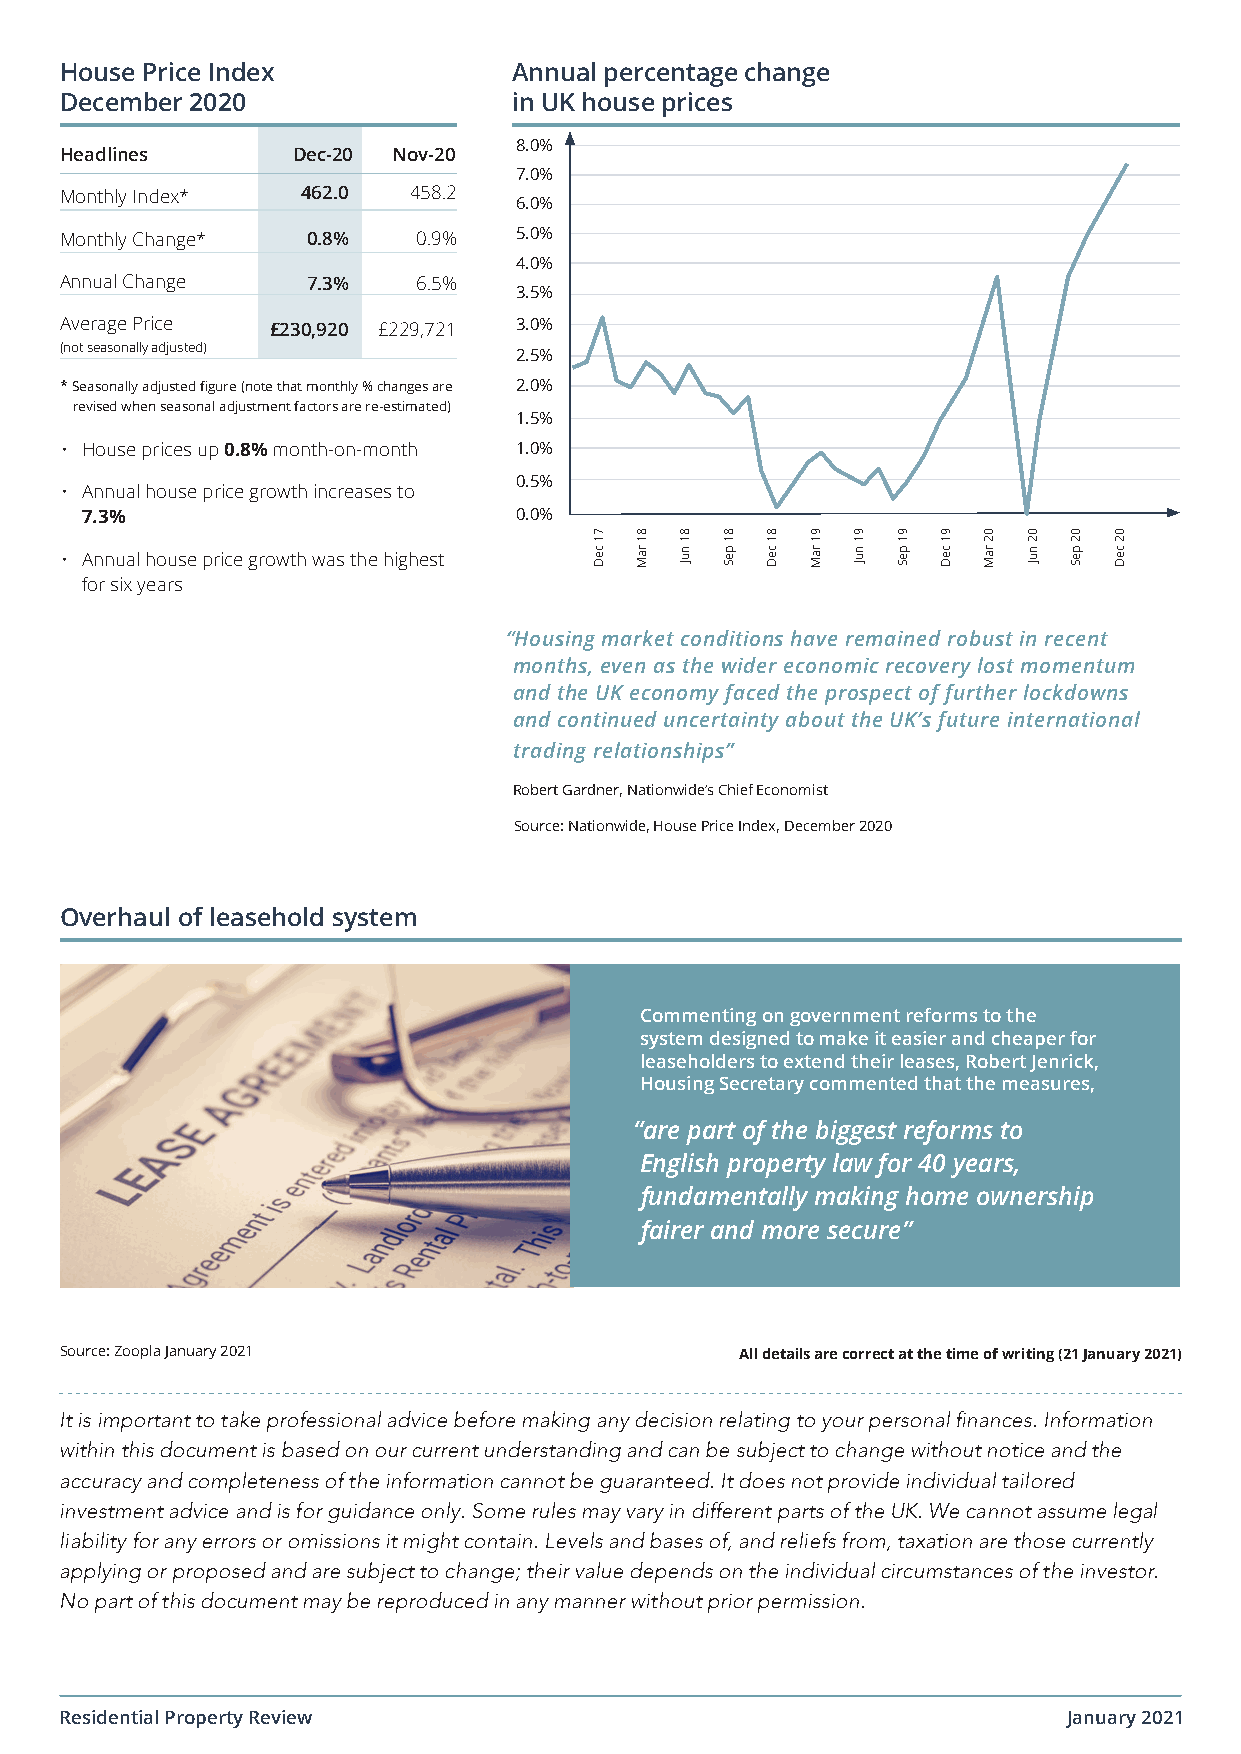
House Price Index             Annual percentage change
 December 2020                 in UK house prices
 8.0%
 Headlines      Dec-20 Nov-20
 7.0%
 Monthly Index*  462.0  458.2
 6.0%
 Monthly Change* 0.8%    0.9%  5.0%
 4.0%
 Annual Change   7.3%    6.5%
 3.5%
 Average Price £230,920 £229,721 3.0%
 (not seasonally adjusted)
 2.5%
 * Seasonally adjusted figure (note that monthly % changes are 2.0%
 revised when seasonal adjustment factors are re-estimated)
 1.5%
 • House prices up 0.8% month-on-month 1.0%
 0.5%
 • Annual house price growth increases to
 7.3%                         0.0%
 • Annual house price growth was the highest
 for six years
 “Housing market conditions have remained robust in recent
 months, even as the wider economic recovery lost momentum
 and the UK economy faced the prospect of further lockdowns
 and continued uncertainty about the UK’s future international
 trading relationships”
 Robert Gardner, Nationwide’s Chief Economist
 Source: Nationwide, House Price Index, December 2020
 Overhaul of leasehold system
 Commenting on government reforms to the
 system designed to make it easier and cheaper for
 leaseholders to extend their leases, Robert Jenrick,
 Housing Secretary commented that the measures,
 “are part of the biggest reforms to
 English property law for 40 years,
 fundamentally making home ownership
 fairer and more secure”
 Source: Zoopla January 2021                  All details are correct at the time of writing (21 January 2021)
 It is important to take professional advice before making any decision relating to your personal finances. Information
 within this document is based on our current understanding and can be subject to change without notice and the
 accuracy and completeness of the information cannot be guaranteed. It does not provide individual tailored
 investment advice and is for guidance only. Some rules may vary in different parts of the UK. We cannot assume legal
 liability for any errors or omissions it might contain. Levels and bases of, and reliefs from, taxation are those currently
 applying or proposed and are subject to change; their value depends on the individual circumstances of the investor.
 No part of this document may be reproduced in any manner without prior permission.
 Residential Property Review                                        January 2021
 71
 ceD
 81
 raM
 81
 nuJ
 81
 peS
 81
 ceD
 91
 raM
 91
 nuJ
 91
 peS
 91
 ceD
 02
 raM
 02
 nuJ
 02
 peS
 02
 ceD